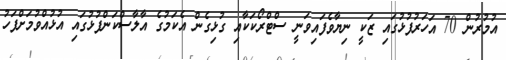
އުމުރުން 70 އަހަރުފުޅުގައި ޒަކީ ނިޔާވެފައިވަނީ ސްޓްރޯކަކާއި ގުޅިގެން އެކަމުގެ އާލާސްކަންފުޅުގައި އުޅުއްވުމަށްފަހު